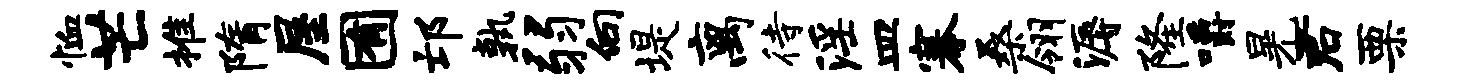
恤芒推隋屋囿邙孰弱向堤离待淫皿搴桑翎溽隆嚼晃君栗